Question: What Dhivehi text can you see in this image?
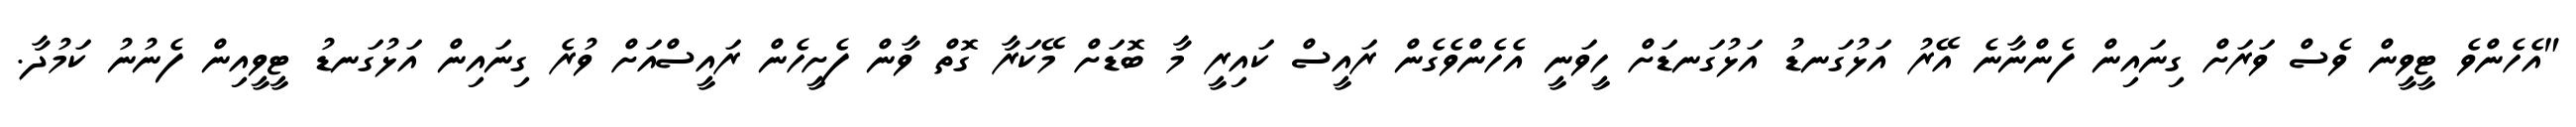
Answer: "އެހެންވެ ޓީވީން ވެސް ވަރަށް ގިނައިން ފެންނާނެ އޭރު އަޅުގަނޑު އަޅުގަނޑަށް ހީވަނީ އެހެންވެގެން ރައީސް ކައިރީ މާ ބޮޑަށް މޭކަރާ ގޮތް ވާން ފެށީހެން ރައީސްއަށް ވުރެ ގިނައިން އަޅުގަނޑު ޓީވީއިން ފެނުނު ކަމުދާ.